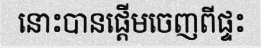
នោះបានផ្តើមចេញពីផ្ទះ